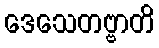
ဒေသေတဗ္ဗာတိ